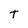
Character: T